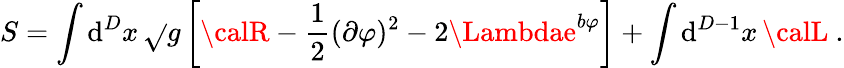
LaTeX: S=\int\mathrm{d}^{D}x\, \sqrt{}{{g}}\left[{\calR}-\frac{{1}}{{2}}(\partial\varphi)^{2}-2\Lambdae^{b\varphi}\right]+\int\mathrm{d}^{D-1}x\, {\calL}\ .